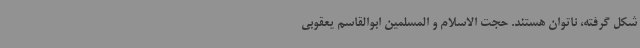
شکل گرفته، ناتوان هستند. حجت الاسلام و المسلمین ابوالقاسم یعقوبی